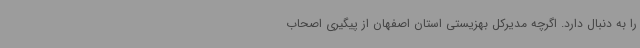
را به دنبال دارد. اگرچه مدیرکل بهزیستی استان اصفهان از پیگیری اصحاب